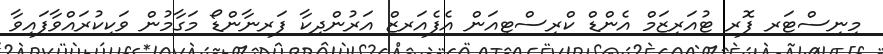
މިނިސްޓަރ ފޮރ ޓުއަރިޒަމް އެންޑް ކްރިސްޓިއަން އެފެއަރޒް އަރުންދިކާ ފަރނާންޑޯ މަގާމުން ވަކިކުރައްވާފައިވާ